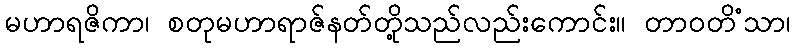
မဟာရဇိကာ၊ စတုမဟာရာဇ်နတ်တို့သည်လည်းကောင်း။ တာဝတိံသာ၊